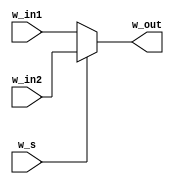
module m_mux(w_in1, w_in2, w_s, w_out);
  input  wire [31:0] w_in1, w_in2;
  input  wire w_s;
  output wire [31:0] w_out;
  assign w_out = (w_s) ? w_in2 : w_in1;
endmodule